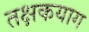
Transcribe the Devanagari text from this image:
तक्षकयाग